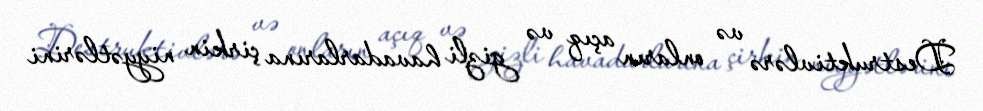
Destruktivlərə və onların açıq və gizli havadarlarına çirkin niyyətlərini